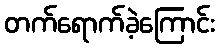
တက်ရောက်ခဲ့ကြောင်း